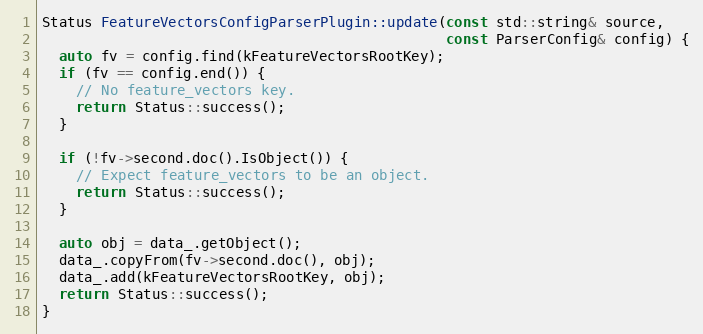
Language: C++
Status FeatureVectorsConfigParserPlugin::update(const std::string& source,
                                                const ParserConfig& config) {
  auto fv = config.find(kFeatureVectorsRootKey);
  if (fv == config.end()) {
    // No feature_vectors key.
    return Status::success();
  }

  if (!fv->second.doc().IsObject()) {
    // Expect feature_vectors to be an object.
    return Status::success();
  }

  auto obj = data_.getObject();
  data_.copyFrom(fv->second.doc(), obj);
  data_.add(kFeatureVectorsRootKey, obj);
  return Status::success();
}